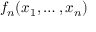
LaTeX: f _ { n } ( x _ { 1 } , \ldots , x _ { n } )